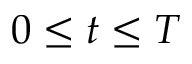
0 \leq t \leq T